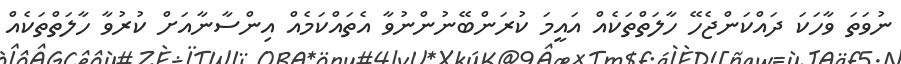
ނުވަތަ ވާހަކަ ދައްކަންޖެހޭ ހާލަތްތަކެއް އައީމަ ކުރަންބޭނުންނުވާ އެތައްކަމެއް އިންސާނާއަށް ކުރުވާ ހާލަތްތަކެއް